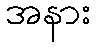
အနား